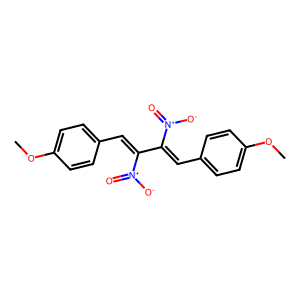
SMILES: COc1ccc(C=C(C(=Cc2ccc(OC)cc2)[N+](=O)[O-])[N+](=O)[O-])cc1
Inhibits HIV replication: No